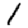
Digit: 1